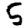
Digit: 5